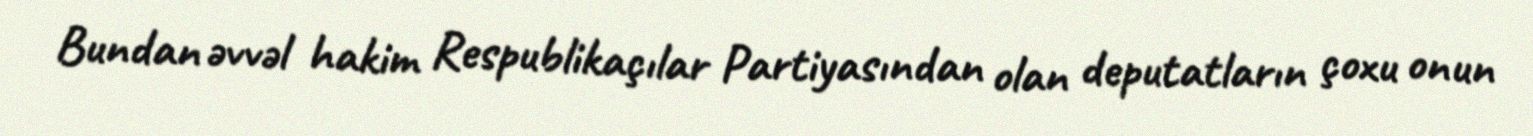
Bundan əvvəl hakim Respublikaçılar Partiyasından olan deputatların çoxu onun